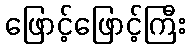
ဖြောင့်ဖြောင့်ကြီး